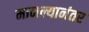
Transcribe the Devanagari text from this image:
मानल्यानंतर